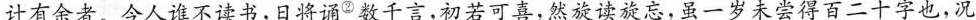
计有余者。今人谁不读书，日将诵^{②}数千言，初若可喜，然旋读旋忘，虽一岁未尝得百二十字也，况